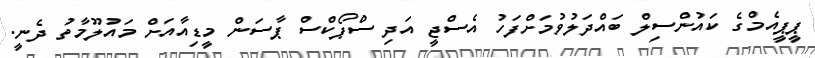
ޕީޕީއެމްގެ ކައުންސިލް ބައްދަލުވުމަށްފަހު އެސްޖީ އަދި ސްޕޯކްސް ޕާސަން މީޑިއާއަށް މައުލޫމާތު ދެނީ.